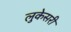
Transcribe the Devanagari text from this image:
लुकेसरी